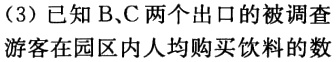
（3）已知 B、C 两个出口的被调查
游客在园区内人均购买饮料的数